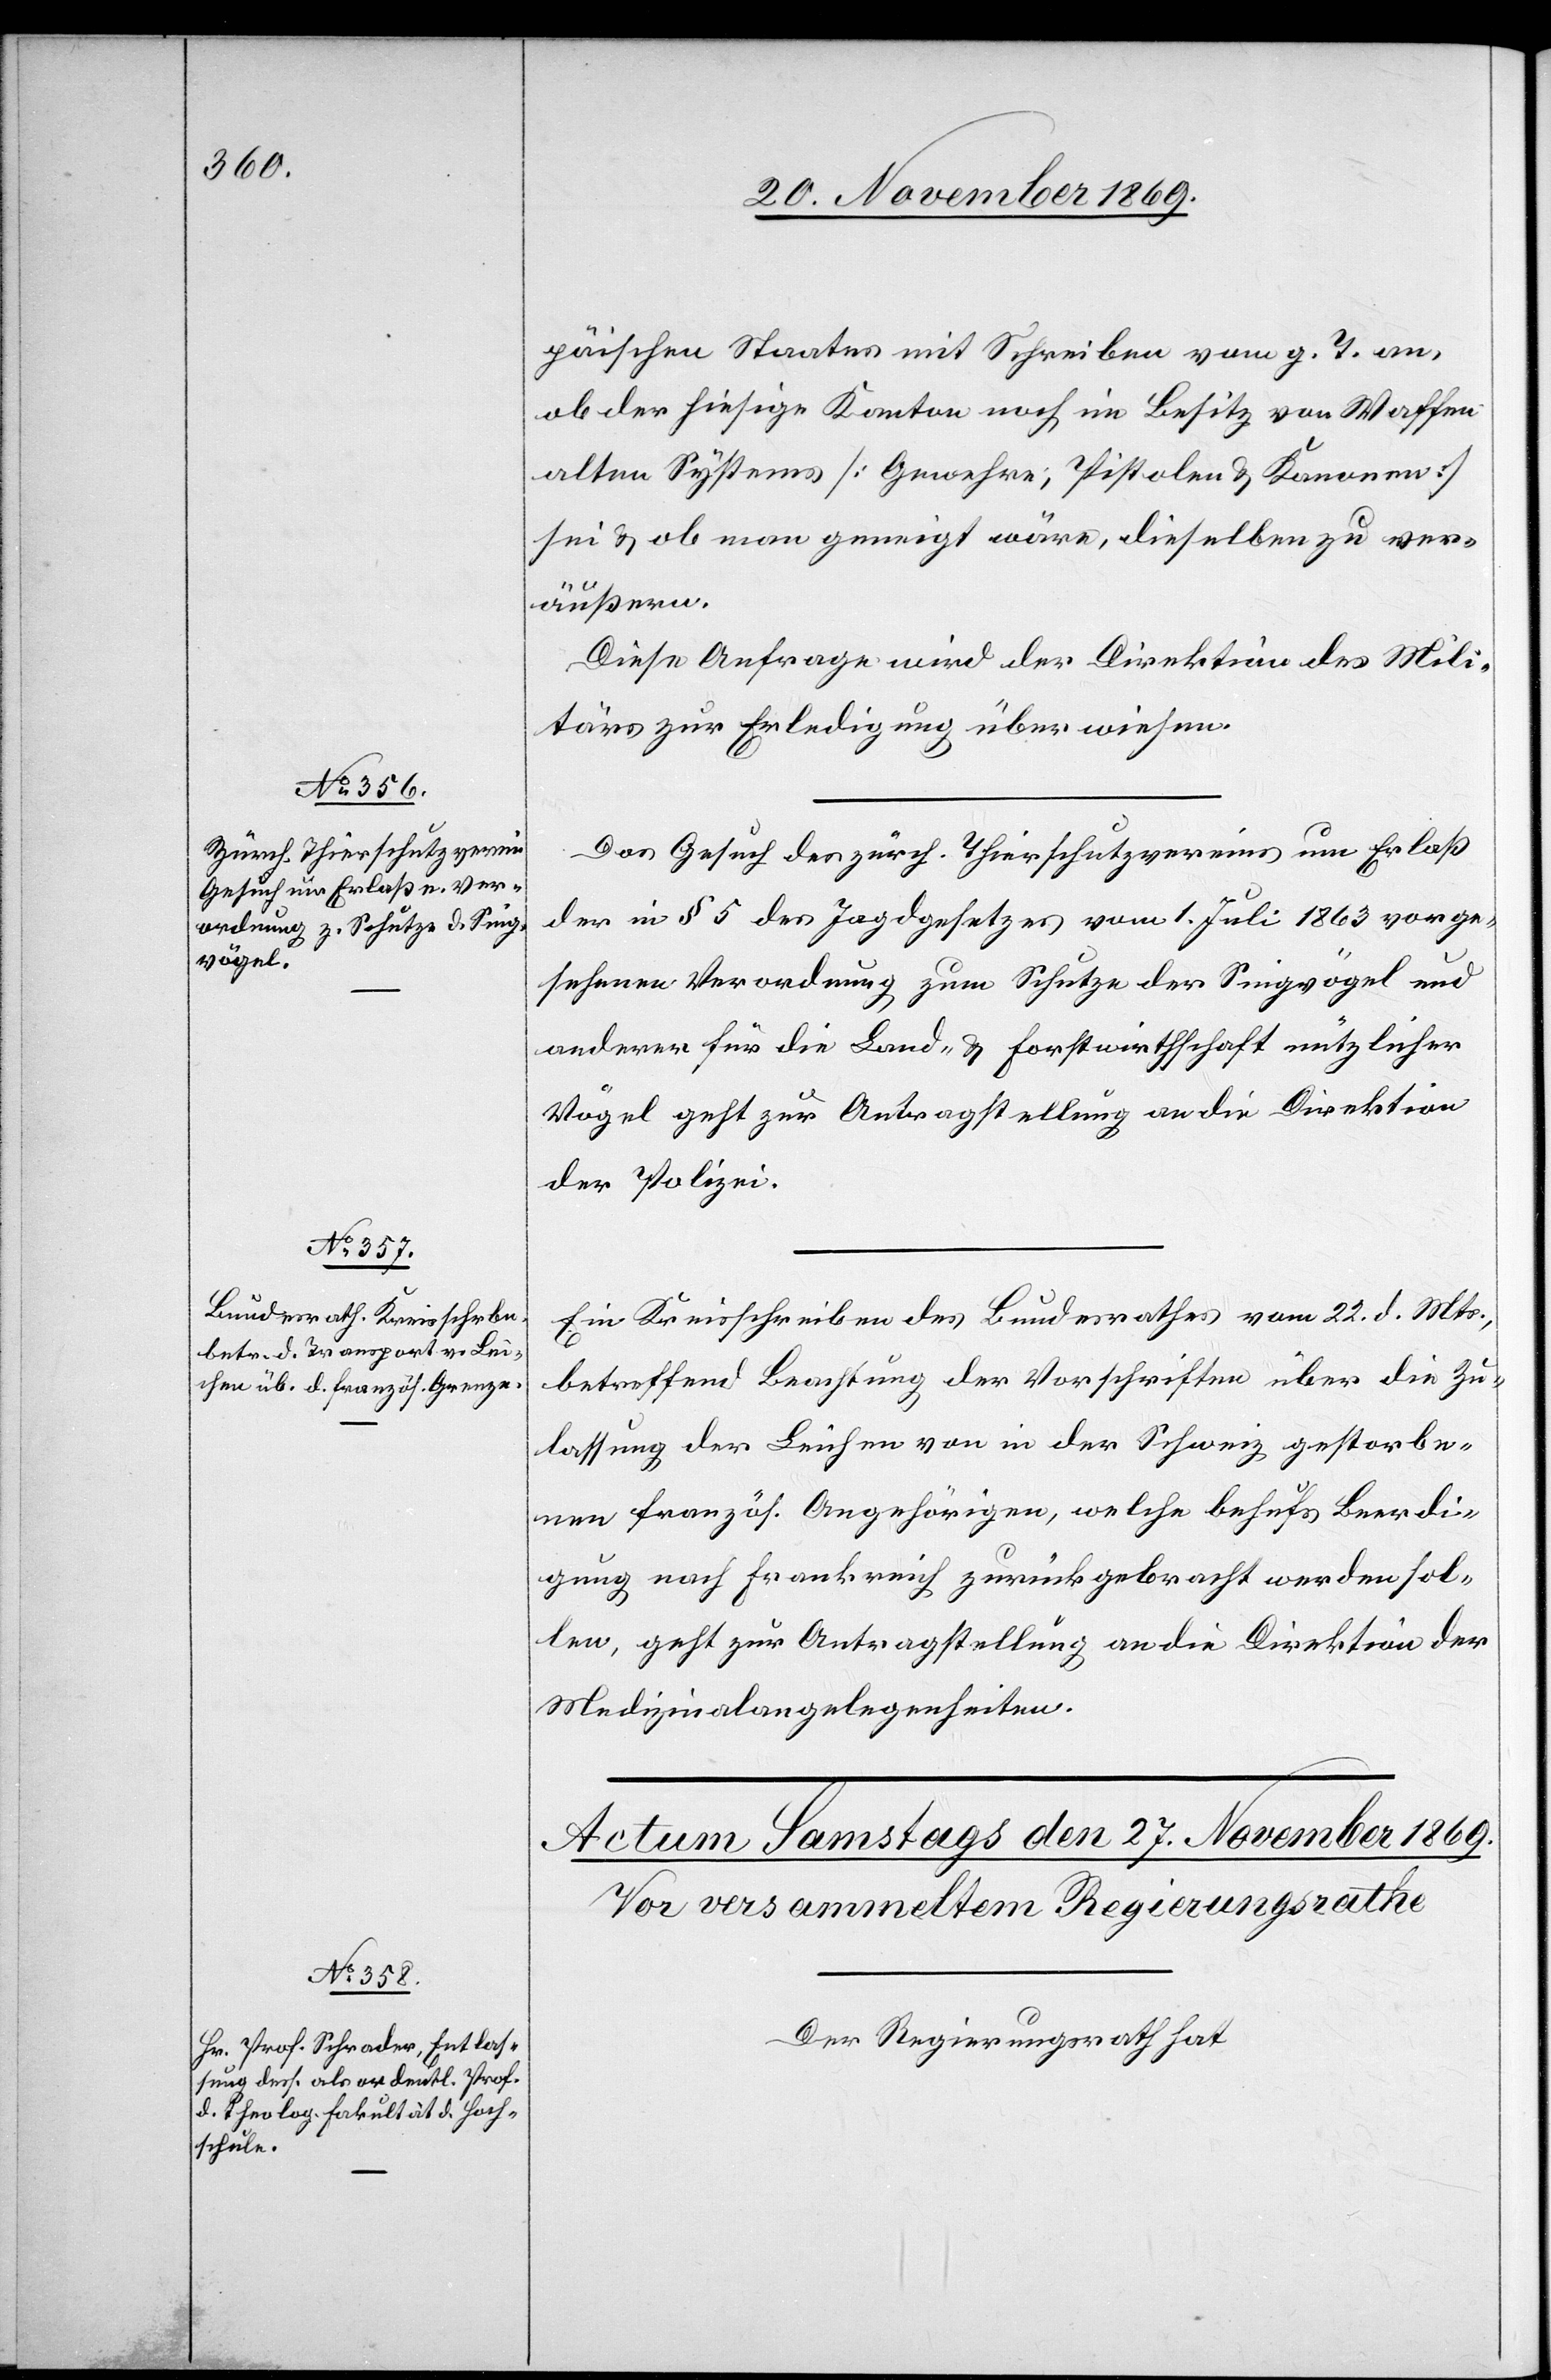
26. November 1869.]
päischen Staates mit Schreiben vom g. T. an,
ob der hiesige Kanton noch im Besitz von Waffen
alten Systems [Gewehre, Pistolen & Kanonen]
sei & ob man geneigt wäre, dieselben zu ver¬
äußern.
Diese Anfrage wird der Direktion des Mili¬
tärs zur Erledigung überwiesen.
Das Gesuch des zürch. Thierschutzvereins um Erlaß
der in § 5 des Jagdgesetzes vom 1. Juli 1863 vorge¬
sehenen Verordnung zum Schutze der Singvögel und
anderer für die Land- & Forstwirthschaft nützlicher
Vögel geht zur Antragstellung an die Direktion
der Polizei.
Ein Kreisschreiben des Bundesrathes vom 22. d. Mts.,
betreffend Beachtung der Vorschriften über die Zu¬
lassung der Leichen von in der Schweiz gestorbe¬
nen französ. Angehörigen, welche behufs Beerdi¬
gung nach Frankreich zurückgebracht werden sol¬
len, geht zur Antragstellung an die Direktion der
Medizinalangelegenheiten.
Der Regierungsrath hat